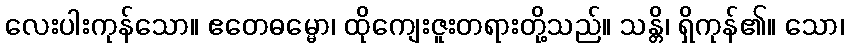
လေးပါးကုန်သော။ ဧတေဓမ္မော၊ ထိုကျေးဇူးတရားတို့သည်။ သန္တိ၊ ရှိကုန်၏။ သော၊